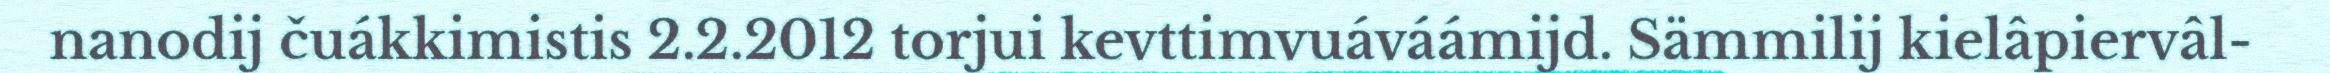
nanodij čuákkimistis 2.2.2012 torjui kevttimvuáváámijd. Sämmilij kielâpiervâl-